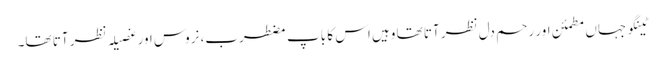
ٹینگو جہاں مطمئن اور رحم دل نظر آتا تھا وہیں اس کا باپ مضطرب، نروس اور غصیلہ نظر آتا تھا۔